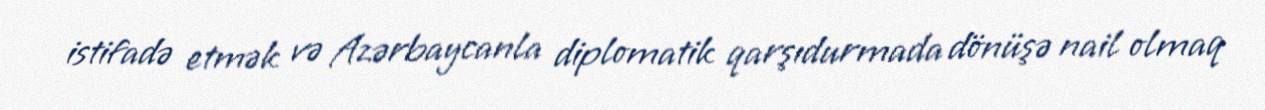
istifadə etmək və Azərbaycanla diplomatik qarşıdurmada dönüşə nail olmaq